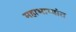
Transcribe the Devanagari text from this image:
महाभाष्यांत